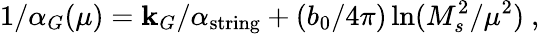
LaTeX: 1/\alpha_{G}(\mu)=\mathbf{k}_{G}/\alpha_{\mathrm{{string}}}+({b_{0}/{4\pi}})\ln({M_{s}^{2}/\mu^{2}})~,